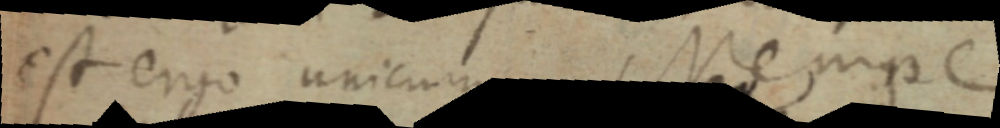
est ergo unicum Nempe